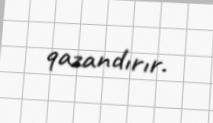
qazandırır.